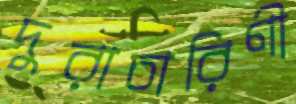
দুরাচারিণী